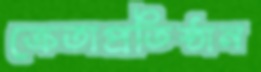
ক্রেতাপ্রতিষ্ঠান